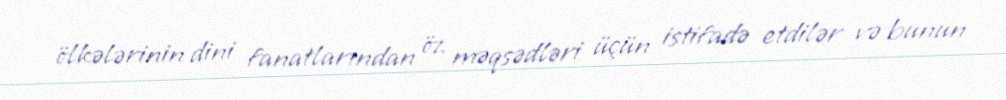
ölkələrinin dini fanatlarından öz məqsədləri üçün istifadə etdilər və bunun